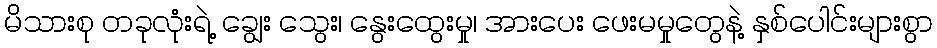
မိသားစု တခုလုံးရဲ့ ချွေး သွေး၊ နွေးထွေးမှု၊ အားပေး ဖေးမမှုတွေနဲ့ နှစ်ပေါင်းများစွာ